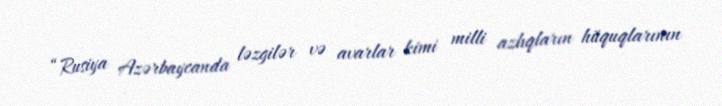
“Rusiya Azərbaycanda ləzgilər və avarlar kimi milli azlıqların hüquqlarının